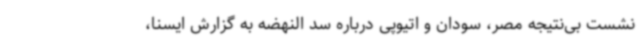
نشست بی‌نتیجه مصر، سودان و اتیوپی درباره سد النهضه به گزارش ایسنا،